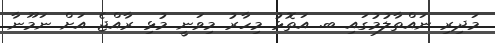
މަދިރި ނައްތާލުމުގައި ބ. އަތޮޅު މިހާރު މިވަނީ މުޅި ރާއްޖެ އަށް ނަމޫނާ